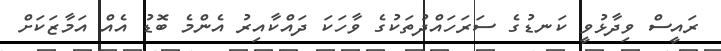
ރައީސް ވިދާޅުވީ ކަނޑުގެ ސަރަހައްދުތަކުގެ ވާހަކަ ދައްކާއިރު އެންމެ ބޮޑު އެއް އަމާޒަކަށް